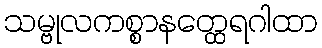
သမ္ဗုလကစ္စာနတ္ထေရဂါထာ